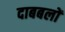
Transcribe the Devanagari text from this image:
दाबबलों